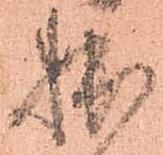
拙